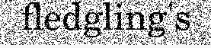
fledgling's